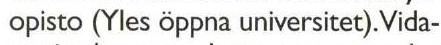
opisto (Yles öppna universitet). Vida-